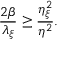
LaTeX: \frac { 2 \beta } { \lambda _ { \xi } } \geq \frac { \eta _ { \xi } ^ { 2 } } { \eta ^ { 2 } } .